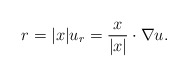
\begin{align*}r = |x| u_r = \dfrac{x}{|x|} \cdot \nabla u.\end{align*}